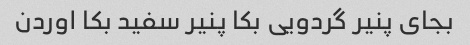
بجای پنیر گردویی بکا پنیر سفید بکا اوردن